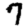
Digit: 7